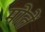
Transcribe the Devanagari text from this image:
मोतें